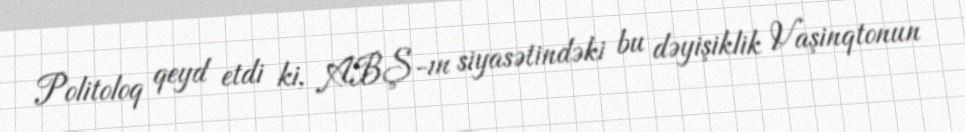
Politoloq qeyd etdi ki, ABŞ-ın siyasətindəki bu dəyişiklik Vaşinqtonun